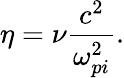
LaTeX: \eta=\nu{\frac{c^{2}}{\omega_{pi}^{2}}}.